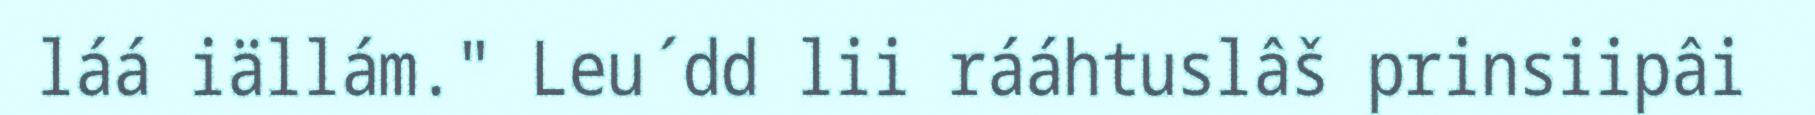
láá iällám." Leu´dd lii rááhtuslâš prinsiipâi